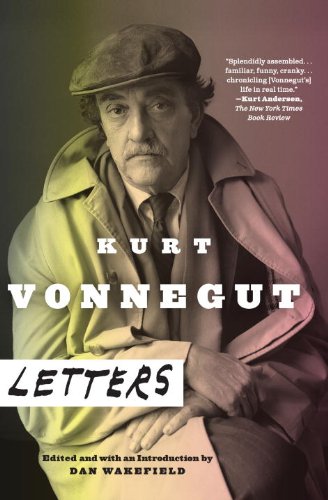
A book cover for Kurt Vonnegut: Letters; Kurt Vonnegut; Literature & Fiction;